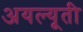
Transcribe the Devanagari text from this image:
अयल्यूती